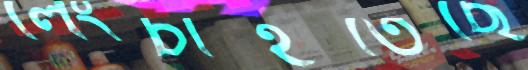
লেংচাইতেছে